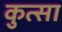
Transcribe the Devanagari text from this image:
कुत्सा